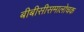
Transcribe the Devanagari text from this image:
बीबीसीसमालोचक